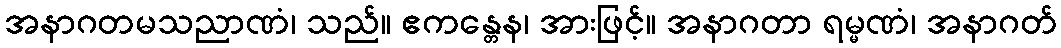
အနာဂတမသညာဏံ၊ သည်။ ဧကန္တေန၊ အားဖြင့်။ အနာဂတာ ရမ္မဏံ၊ အနာဂတ်